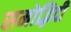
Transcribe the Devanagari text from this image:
समोद्भिदी